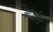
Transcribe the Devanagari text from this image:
ओजस्वि